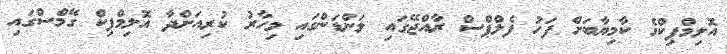
އޮލިމްޕިކްގެ ކާމިޔާބަށް ފަހު ފެލްޕްސް ރާއްޖޭގައި ލަންޑަންގައި މިހާރު ކުރިއަށްދާ އޮލިމްޕިކް ގޭމްސްގައި